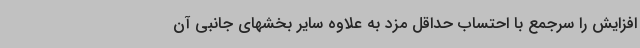
افزایش را سرجمع با احتساب حداقل مزد به علاوه سایر بخشهای جانبی آن